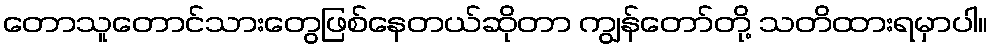
တောသူတောင်သားတွေဖြစ်နေတယ်ဆိုတာ ကျွန်တော်တို့ သတိထားရမှာပါ။